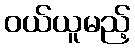
ဝယ်ယူမည့်